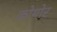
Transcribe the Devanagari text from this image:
कोयोर